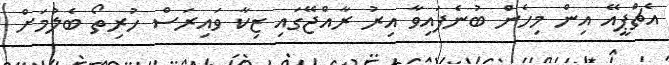
އެޗްޕީއޭ އިން މިހެން ބުނެފައިވާ އިރު ރާއްޖޭގައި ޒިކާ ވައިރަސް ހުރިތޯ ބެލުމަށް